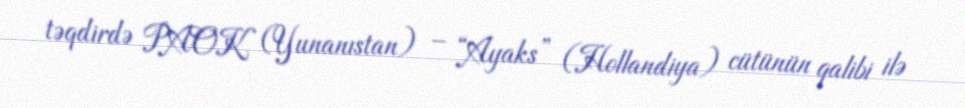
təqdirdə PAOK (Yunanıstan) – “Ayaks” (Hollandiya) cütünün qalibi ilə